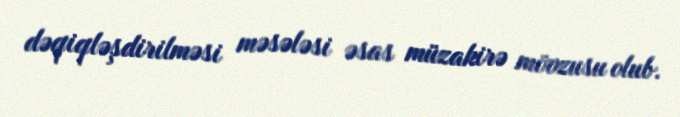
dəqiqləşdirilməsi məsələsi əsas müzakirə mövzusu olub.